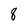
Character: 8